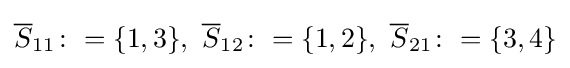
{\overline {S}}_{11}\colon =\{1,3\},~{\overline {S}}_{12}\colon =\{1,2\},~{\overline {S}}_{21}\colon =\{3,4\}